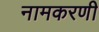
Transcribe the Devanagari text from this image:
नामकरणी